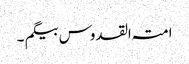
امتہ القدوس بیگم ۔